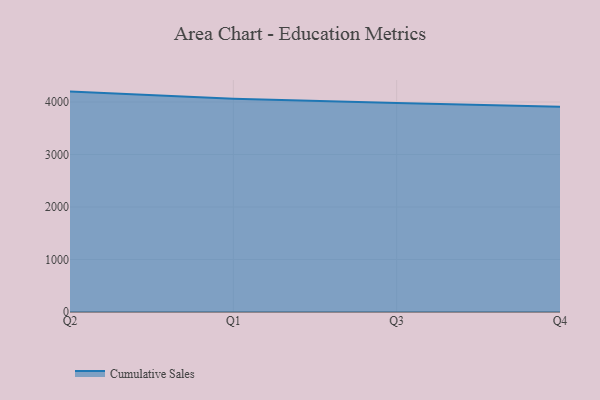
{"axis": {"x": "Quarter", "y": "Net Income (USD K)"}, "legend": ["Cumulative Sales"], "data": [{"x": "Q2", "y": 4199.1, "type": "Cumulative Sales"}, {"x": "Q1", "y": 4064.4, "type": "Cumulative Sales"}, {"x": "Q3", "y": 3981.3, "type": "Cumulative Sales"}, {"x": "Q4", "y": 3911.2, "type": "Cumulative Sales"}]}